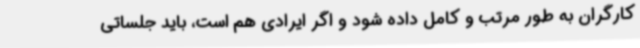
کارگران به طور مرتب و کامل داده شود و اگر ایرادی هم است، باید جلساتی